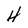
Character: 4